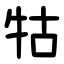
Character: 牯